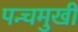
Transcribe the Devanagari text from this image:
पन्चमुखी